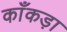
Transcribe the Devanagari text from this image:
काँकड़ा